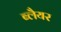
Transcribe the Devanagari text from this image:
ब्लैयर